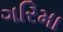
ગરિમા